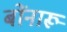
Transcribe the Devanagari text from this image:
बोंनारू